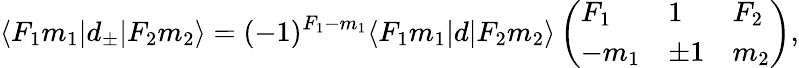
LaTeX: \langle F_{1}m_{1}|d_{\pm}|F_{2}m_{2}\rangle=(-1)^{F_{1}-m_{1}}\langle F_{1}m_{1}|d|F_{2}m_{2}\rangle\left(\begin{array}{lll}{F_{1}}&{1}&{F_{2}}\\ {-m_{1}}&{\pm 1}&{m_{2}}\end{array}\right),